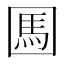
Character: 𡈊